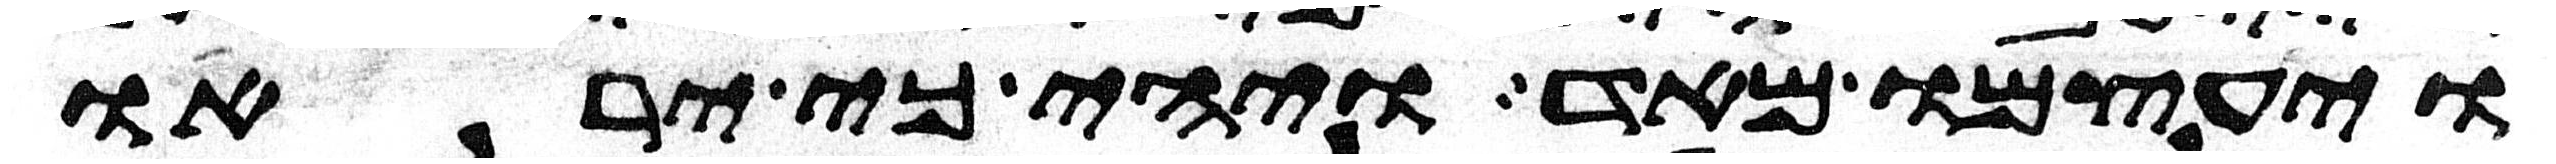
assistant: ויעצמו מאד ויהי כי יראו